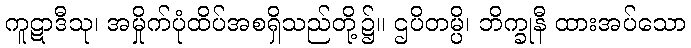
ကူဋာဒီသု၊ အမှိုက်ပုံထိပ်အစရှိသည်တို့၌။ ဌပိတမ္ပိ၊ ဘိက္ခုနီ ထားအပ်သော